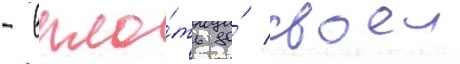
- впло́ть до́ своеи